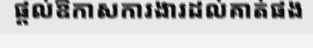
ផ្តល់ឱកាសការងារដល់គាត់ផង